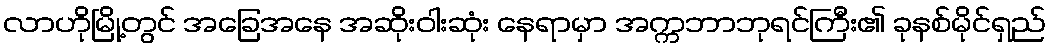
လာဟိုမြို့တွင် အခြေအနေ အဆိုးဝါးဆုံး နေရာမှာ အက္ကဘာဘုရင်ကြီး၏ ခုနစ်မိုင်ရှည်